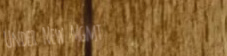
Under New Mgmt